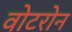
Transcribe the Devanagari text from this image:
वोटरोन